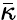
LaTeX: \bar{\kappa}